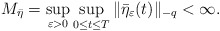
\begin{align*}M_{\bar{\eta}}=\sup_{\varepsilon >0}\sup_{0\leq t\leq T}\Vert \bar{\eta}_{\varepsilon }(t)\Vert _{-q}<\infty . \end{align*}